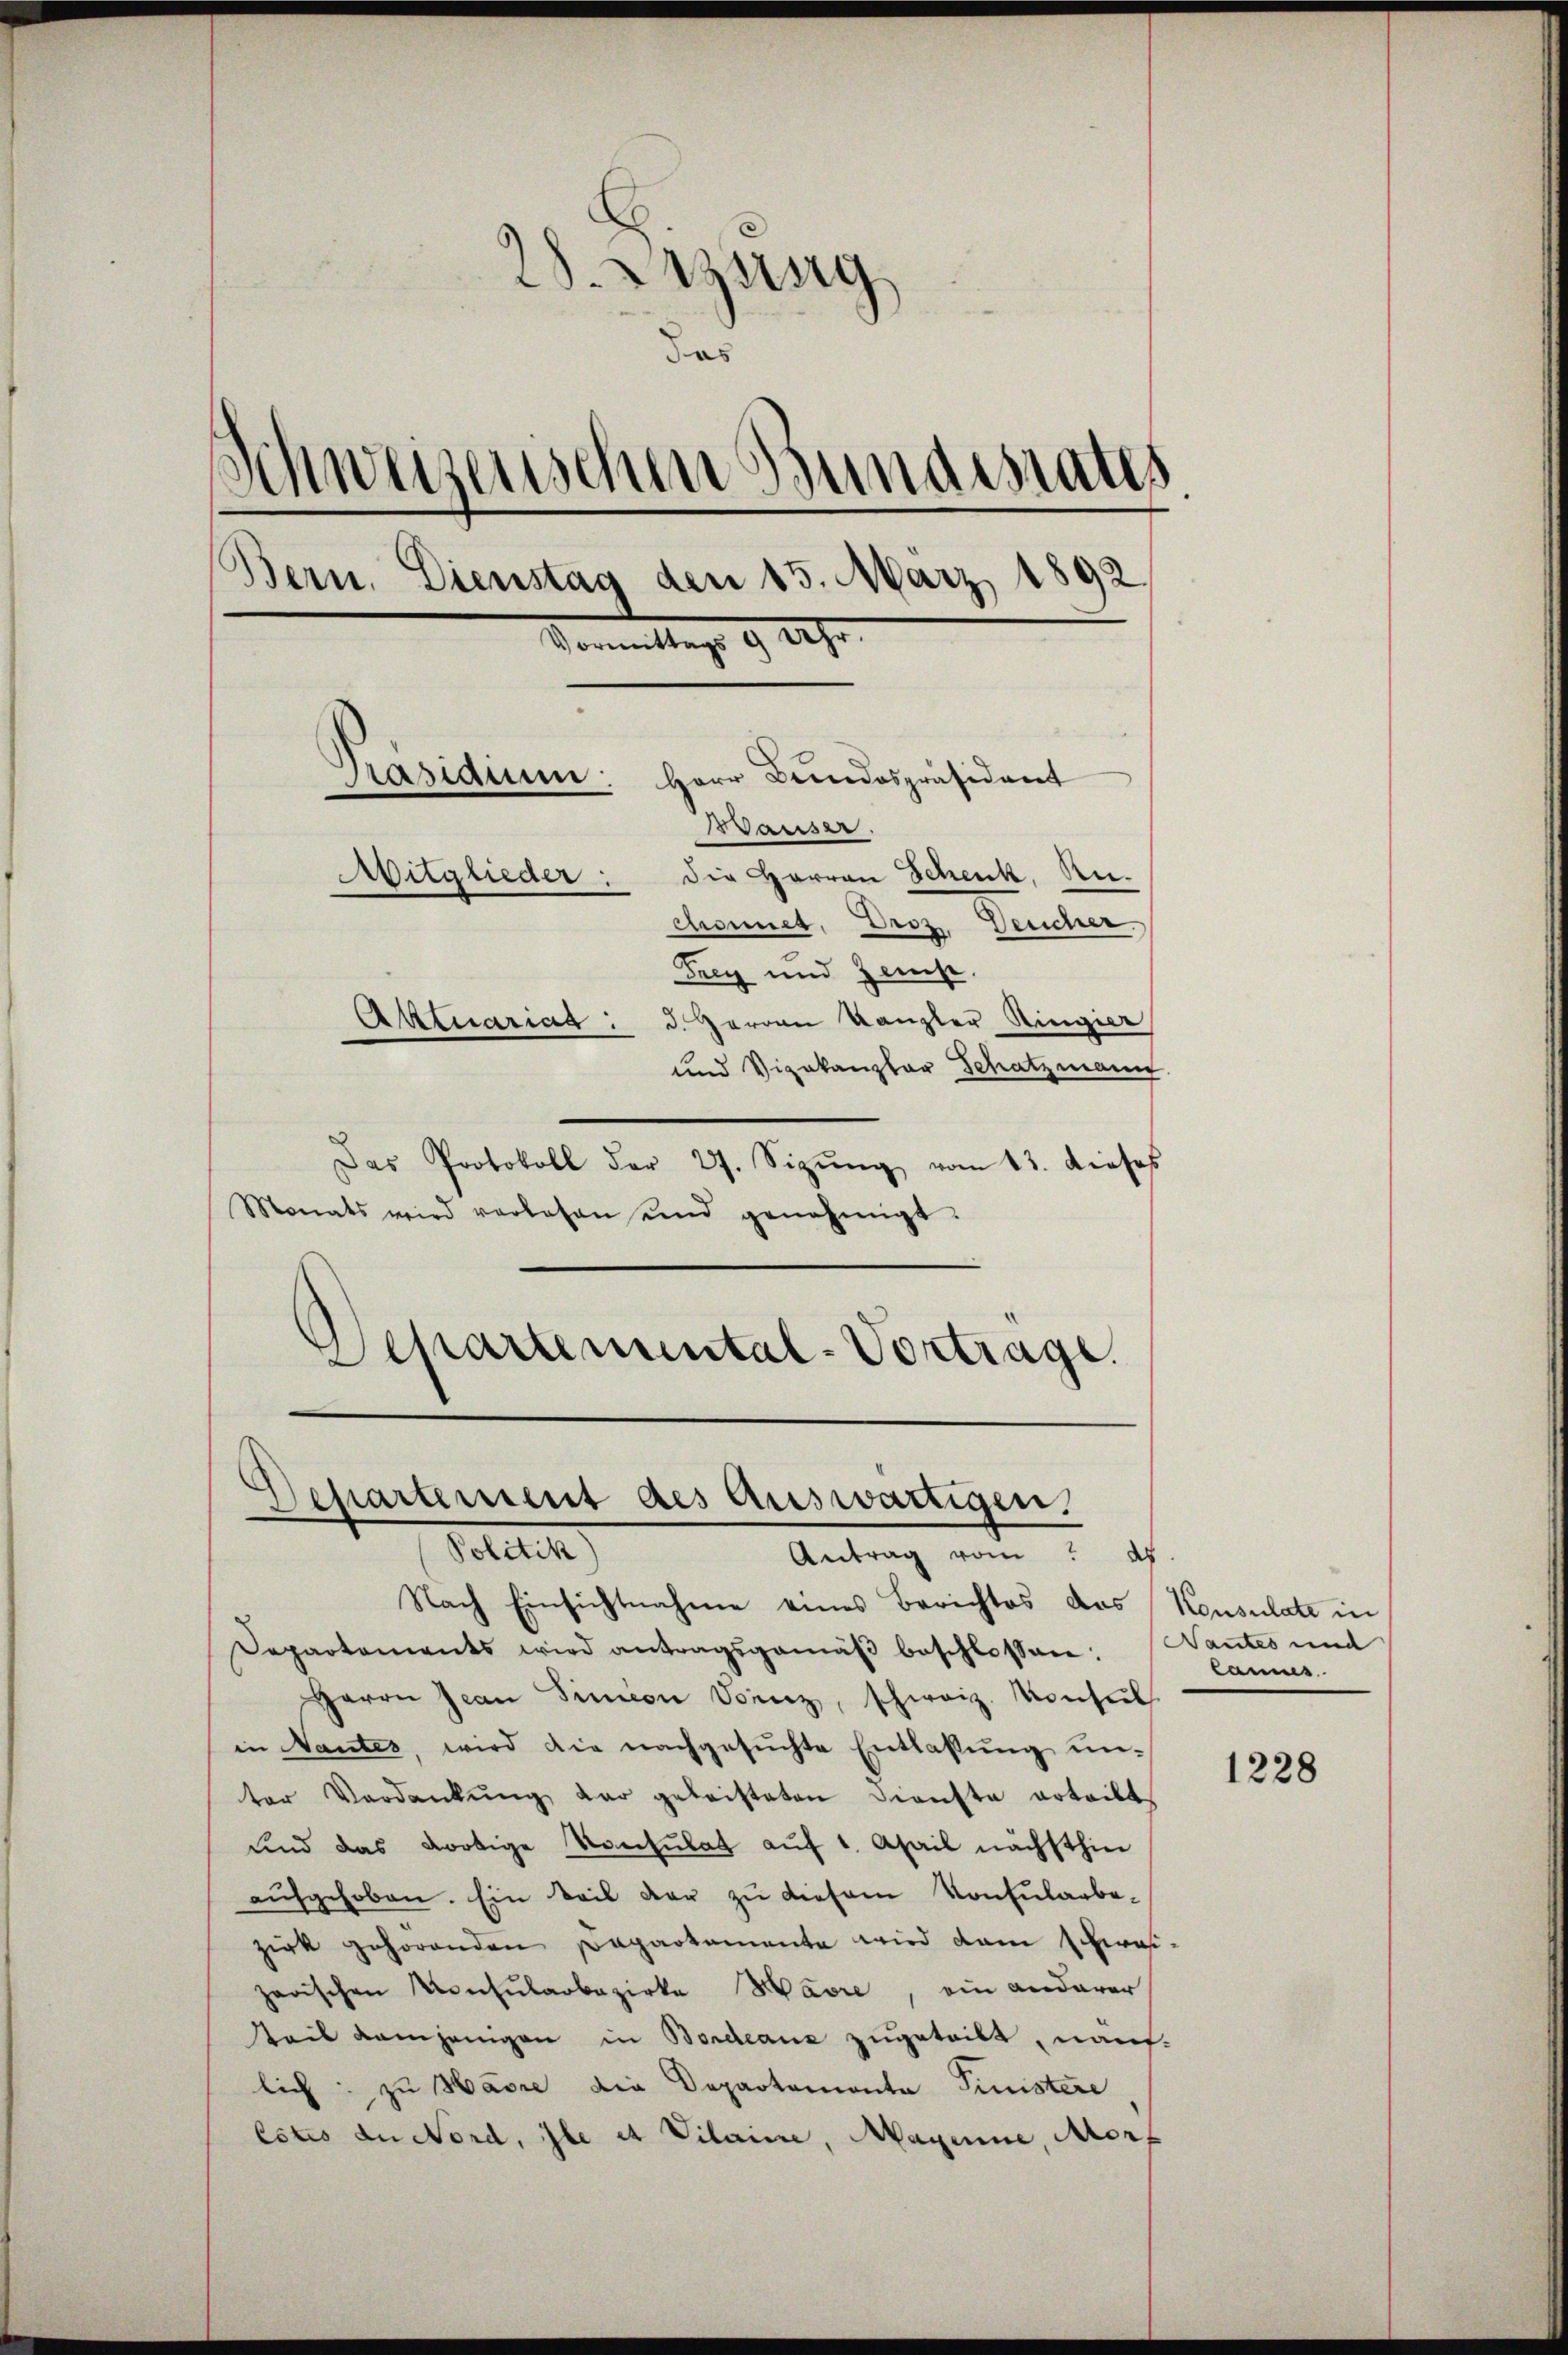
28. Lazssg
das
Schweizerischen Bundesrates
Bern. Dienstag den 15. März 1892
Vormittags 9 Uhr.
Herr Bundespräsident
Pasiaum:
Wäuser.
Mitglieder: die Herren Schenk, Re-
chonnet, Droz Deucher.
Frey und Zinse.
Aktuariag: d. Herrn Kanzler Ringier
und Vizekanzlar Schatzmann

Das Protokoll der 27. Sizŭng vom 13. dieses
Monats wird verlesen und genehmigt.
Departemental-Vortrage.

Departement des Auswärtigen.
Politik
Antrag vom 28

Nach Einsichtnahme eines Berichtes das Konsulate in
Departements wird antragsgemäβ beschlossen: Mantes und
Herrn Jean Simeon Vornz, schweiz. Konsul
in Nantes, wird die nachgesuchte Entlassung unter Verdankŭng dar geleisteten Dienste erteilt.
und das dortige Konsulat auf 1. Ahail nächsthin
aŭfgehoben. Ein Beil der zu diesem Konsularbe-
zirk gehörenden Capartemente wird dem schweizarischen Konsularbezirke Havre, ein anderer
tteil demjenigen in Bordeaus zugeteilt, nauf-
lich zu Havre die Departemonta Pinistere
Estro der Nord, je et Vilaire, Magnie, Morf

Cannes

1228